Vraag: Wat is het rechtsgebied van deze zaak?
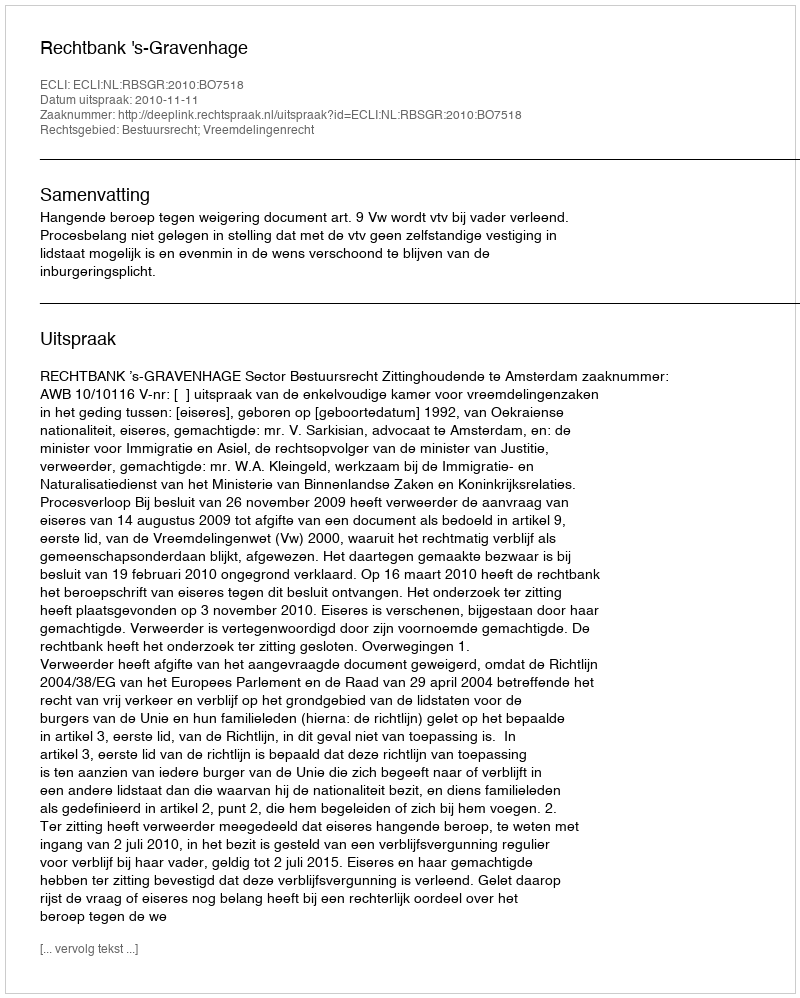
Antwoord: Bestuursrecht; Vreemdelingenrecht